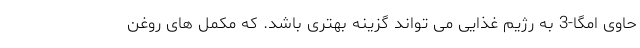
حاوی امگا-3 به رژیم غذایی می تواند گزینه بهتری باشد. که مکمل های روغن